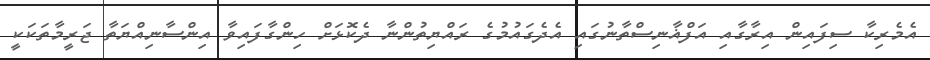
އެމެރިކާ ސިފައިން އިރާގާއި އަފްޣާނިސްތާނުގައި އެދެގައުމުގެ ރައްޔިތުންނާ ދެކޮޅަށް ހިންގާފައިވާ އިންސާނިއްޔަތާ ޖަރީމާތަކަކީ